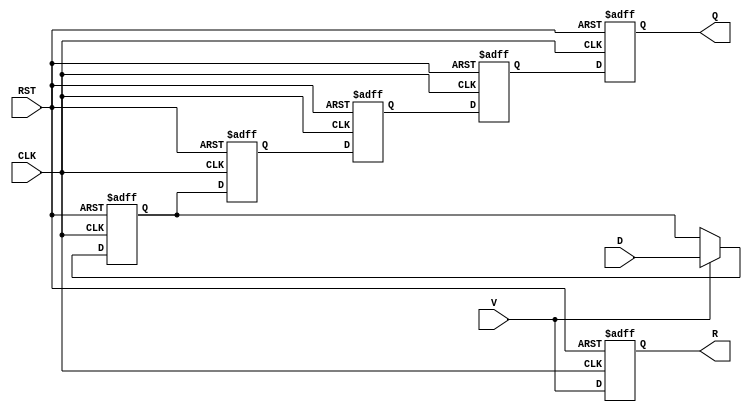
module pipeline_buffer #(
    parameter STAGES = 4,  // Number of pipeline stages
    parameter DATA_WIDTH = 8 // Width of the data input
)(
    input  wire                   CLK,     // Clock signal
    input  wire                   RST,     // Asynchronous reset
    input  wire                   V,       // Valid signal
    input  wire [DATA_WIDTH-1:0] D,       // Data input
    output reg  [DATA_WIDTH-1:0] Q,       // Data output
    output reg                   R          // Ready signal
);

    // Create an array of registers for the pipeline stages
    reg [DATA_WIDTH-1:0] buffer [0:STAGES-1];

    integer i;

    always @(posedge CLK or posedge RST) begin
        if (RST) begin
            // Clear all stages on reset
            for (i = 0; i < STAGES; i = i + 1) begin
                buffer[i] <= 0;
            end
            Q <= 0;
            R <= 0;
        end else begin
            // Shift data through the pipeline
            if (V) begin
                buffer[0] <= D;  // Latch incoming data into the first stage
            end
            
            for (i = 1; i < STAGES; i = i + 1) begin
                buffer[i] <= buffer[i-1]; // Shift data through the stages
            end
            
            // Output data is from the last stage of the pipeline
            Q <= buffer[STAGES-1];
            R <= V; // Ready signal is high when input data is valid
        end
    end

endmodule